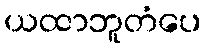
ယထာဘူတံပေ